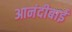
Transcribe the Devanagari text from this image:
आनंदीबाईं